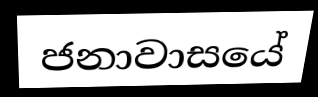
ජනාවාසයේ